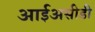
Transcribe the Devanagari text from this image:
आईअसीडी